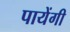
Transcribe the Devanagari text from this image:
पायेंगी